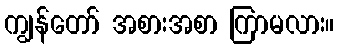
ကျွန်တော် အစားအစာ ကြာမလား။